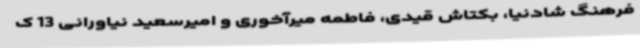
فرهنگ شادنیا، بکتاش قیدی، فاطمه میرآخوری و امیرسعید نیاورانی 13 ک